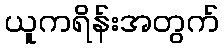
ယူကရိန်းအတွက်